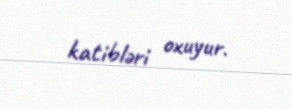
katibləri oxuyur.